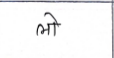
मजकूर: लो